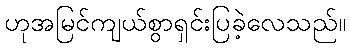
ဟုအမြင်ကျယ်စွာရှင်းပြခဲ့လေသည်။